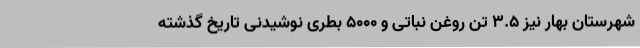
شهرستان بهار نیز 3.5 تن روغن نباتی و 5000 بطری نوشیدنی تاریخ گذشته